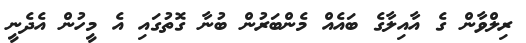
ރިލްވާން ގެ އާއިލާގެ ބައެއް މެންބަރުން ބުނާ ގޮތުގައި އެ މީހުން އެދެނީ